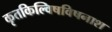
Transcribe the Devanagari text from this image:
कृतकिल्विषविषनाश